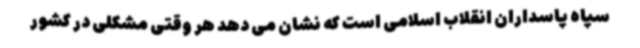
سپاه پاسداران انقلاب اسلامی است که نشان می دهد هر وقتی مشکلی در کشور